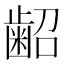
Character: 𮯃